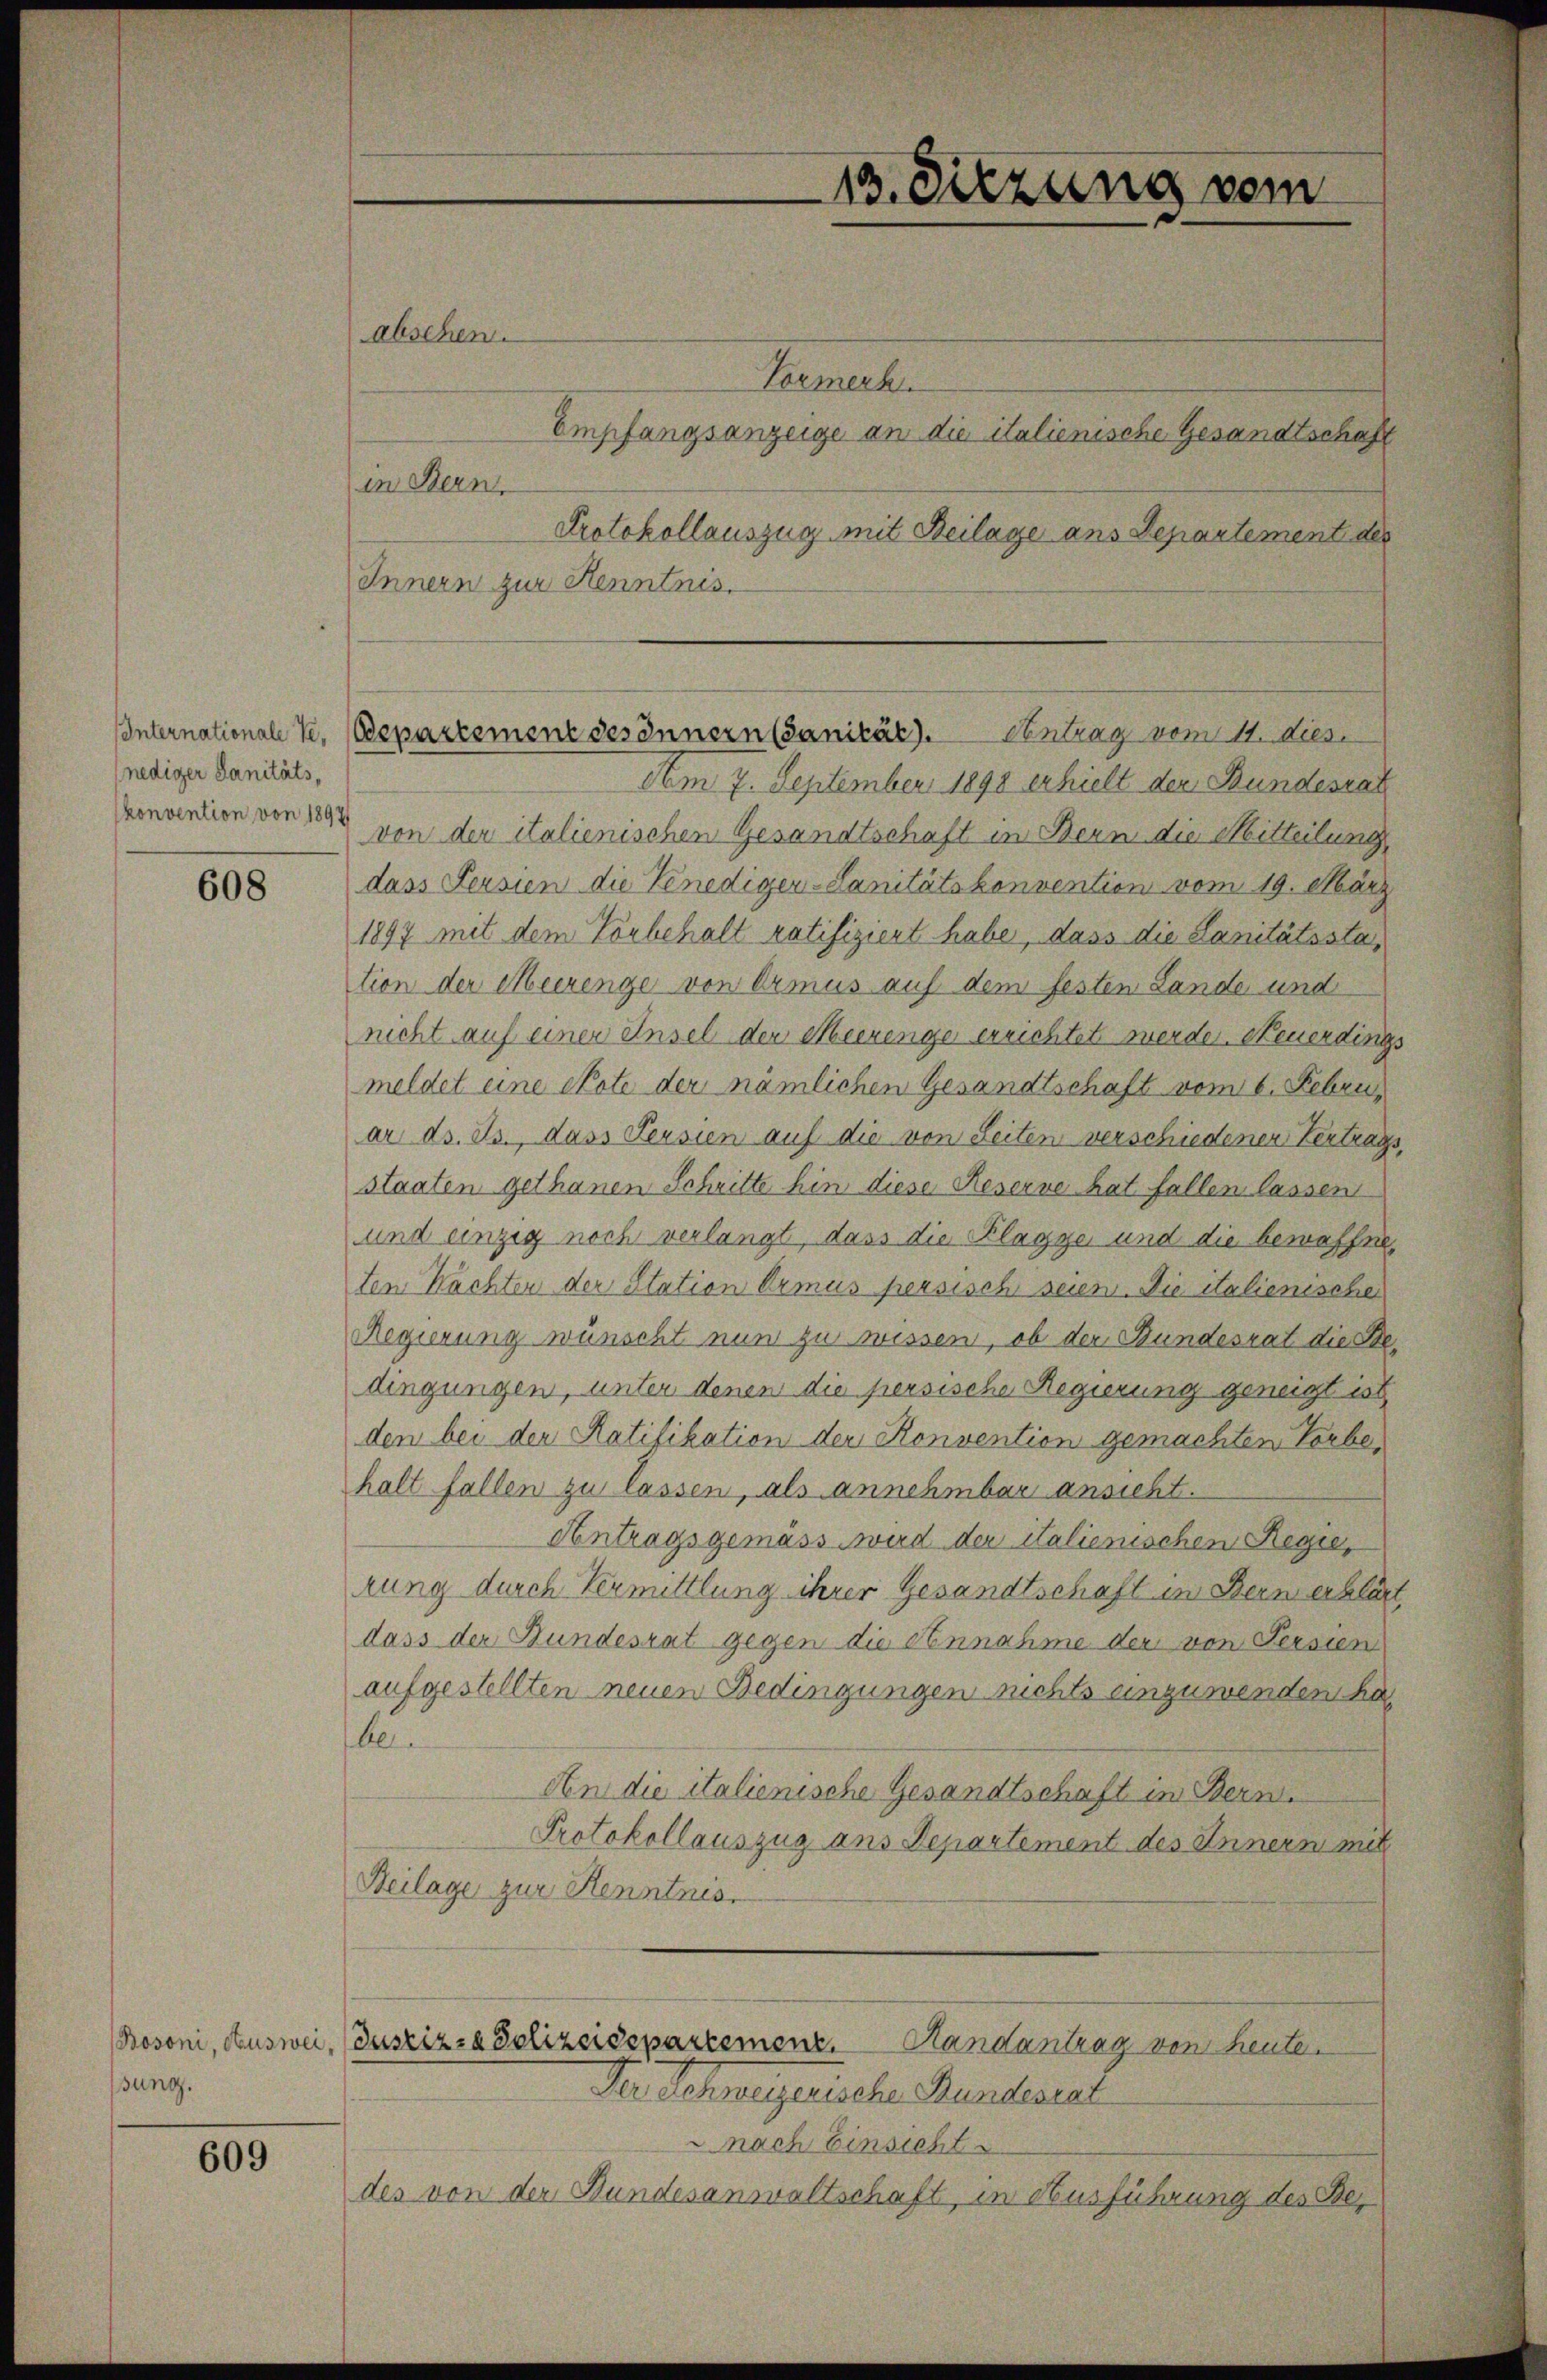
nediger Sanitätskonvention von 1897

608

Bosoni, Ausweisung.

609

abschen.

Hemerke
Empfangsanzeige an die italienische Gesandtschaft
in Bern,
Protokollauszug mit Beilage ans Departement des
Innern zur Henntnis.
Am 7. September 1898 erhielt der Bundesrat
von der italienischen Gesandtschaft in Bern die Mitteilung,
dass Persien die Kenediger-Sanitätskonvention vom 19. März
1897 mit dem Vorbehalt ratifiziert habe, dass die Sanitätsstation der Meerenge von Ormus auf dem festen Lande und
nicht auf einer Ansel der Meerenge errichtet werden. Neuerdings
meldet eine ekote der nämlichen Gesandtschaft vom 6. Febru
ar d. Js., dass Persien auf die von Seiten verschiedener Vertrags,
staaten gethanen Schritte hin diese Reserve hat fallen lassen
und einzig noch verlangt, dass die Klagge und die bewaffne,
ten Nachten der Station Armus persische seien. Die italienische
Regierung wünscht nun zu wissen, ob der Bundesrat die Stedingungen, unter denen die persische Regierung geneigt ist,
den bei den Ratifikation der Konvention gemachten Vorbehalt fallen zu lassen, als annehmbar ansicht.
Antragsgemäss wird der italienischen Regie
rung durch Vermittlung ihrer Gesandtschaft in Bern erklärt
dass der Bundesrat gegen die Annahme der von Persien
aufgestellten neuen Bedingungen nichts einzuwenden ha
be
An die italienische Gesandtschaft in Bern.
Protokollauszug aus Departement des Innern mit
Beilage zur Kenntnis

13. Sitzung vom

Internationale Se. (Bepartement des Innern (Sanität). Antrag vom 11. diese

Justiz- & Polizeidepartement. Handantrag von heuten
Der Schweizerische Bundestel

nach Einsicht
des von der Bundesanwaltschaft, in Ausführung des Ber